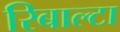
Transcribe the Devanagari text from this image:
रिबाल्टा